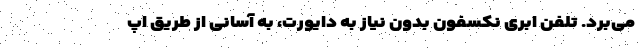
می‌برد. تلفن ابری نکسفون بدون نیاز به دایورت، به آسانی از طریق اپ